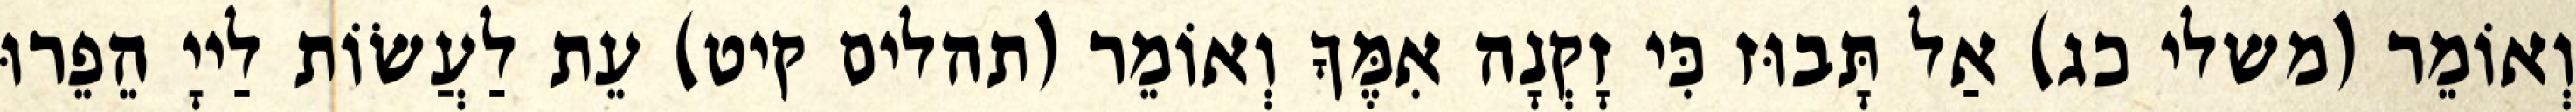
וְאוֹמֵר (משלי כג) אַל תָּבוּז כִּי זָקְנָה אִמֶּךָ וְאוֹמֵר (תהלים קיט) עֵת לַעֲשׂוֹת לַייָ הֵפֵרוּ